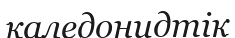
каледонидтік